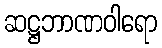
ဆဋ္ဌဘာဏဝါရော